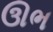
ઊભ